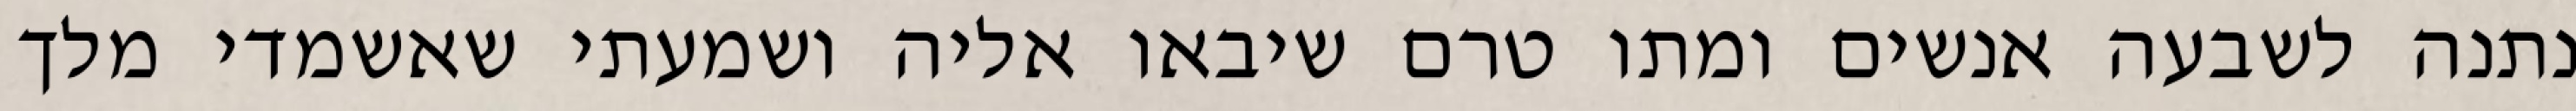
נתנה לשבעה אנשים ומתו טרם שיבאו אליה ושמעתי שאשמדי מלך